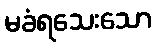
မခံရသေးသော